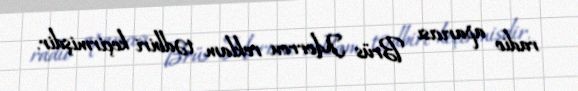
radio aparıcısı Brüs Morrou reklam tədbiri keçirmişdir.